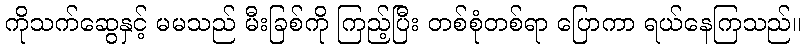
ကိုသက်ဆွေနှင့် မမသည် မီးခြစ်ကို ကြည့်ပြီး တစ်စုံတစ်ရာ ပြောကာ ရယ်နေကြသည်။